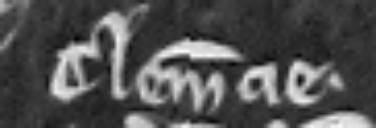
Clemencie.